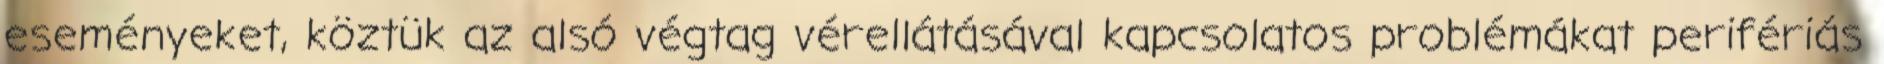
eseményeket, köztük az alsó végtag vérellátásával kapcsolatos problémákat perifériás